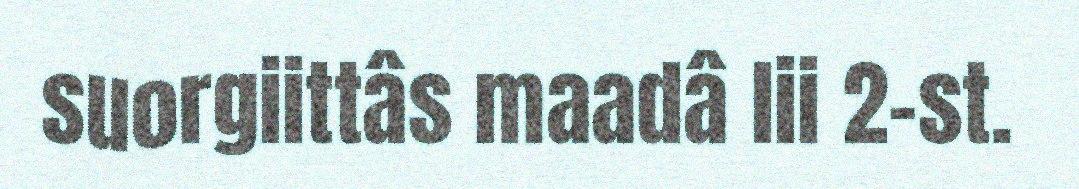
suorgiittâs maadâ lii 2-st.